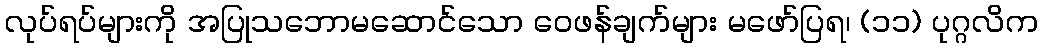
လုပ်ရပ်များကို အပြုသဘောမဆောင်သော ဝေဖန်ချက်များ မဖော်ပြရ၊ (၁၁) ပုဂ္ဂလိက